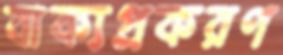
বাক্যপ্রকরণ